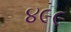
૪૯૯